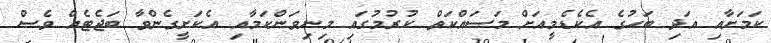
ކަމަށާއި އަދި ބަހުގެ އެކެޑެމީއަށް މަސައްކަތް ކުރުމުގައި މިނިވަންކަމާއި އެކަށީގެންވާ ބަޖެޓެއް ވެސް